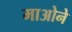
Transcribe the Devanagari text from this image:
माओने